Lunatic asylums Bombay report 1878-1890 - 1878-1890
Year: 1878
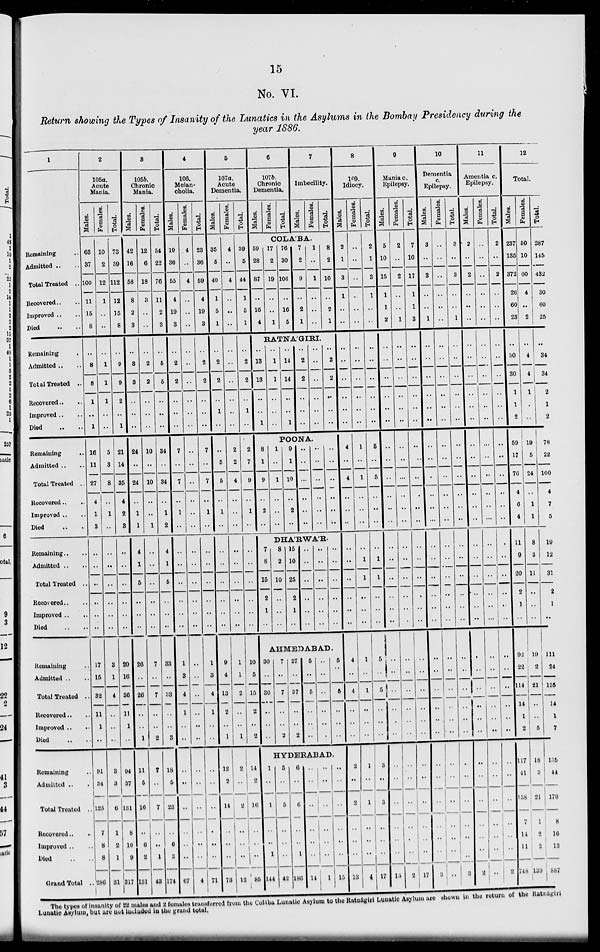
15
No. VI.
Return showing the Types of Insanity of the Lunatics in the Asylums in the Bombay Presidency during the
year 1886.
1
Remaining ..
Admitted .. ..
Total Treated ..
Recovered .. ..
Improved .. ..
Died .. ..
Remaining ..
Admitted .. ..
Total Treated ..
Recovered.. ..
Improved .. ..
Died .. ..
Remaining ..
Admitted .. ..
Total Treated ..
Recovered..
..
Improved .. ..
Died .. ..
Remaining .. ..
Admitted .. ..
Total Treated ..
Recovered .. ..
Improved ..
..
Died .. ..
Remaining ..
Admitted .. ..
Total Treated ..
Recovered.. ..
Improved .. ..
Died .. ..
Remaining ..
Admitted .. ..
Total Treated ..
Recovered.. ..
Improved .. ..
Died .. ..
Grand Total ..
2
105a.
Acute
Mania.
Males.
63
37
100
11
15
8
..
8
8
1
..
1
16
11
27
4
1
3
..
..
..
..
..
..
17
15
32
11
1
..
91
34
125
7
8
8
286
Females.
10
2
12
1
..
..
..
1
1
1
..
..
5
3
8
..
1
..
..
..
..
..
..
..
3
1
4
..
..
..
3
3
6
1
2
1
31
Total.
73
39
112
12
35
8
..
9
9
2
..
1
21
14
35
4
2
3
..
..
..
..
..
..
20
16
36
11
1
..
94
37
131
8
10
9
317
3
105b.
Chronic
Mania.
Males.
42
16
58
8
2
3
..
3
3
..
..
..
24
..
24
..
1
1
4
1
5
..
..
..
26
..
26
..
..
1
11
5
16
..
6
2
131
Females.
12
6
18
3
..
..
..
2
2
..
..
..
10
..
10
..
..
1
..
..
..
..
..
..
7
..
7
..
..
2
7
..
7
..
..
1
43
Total.
54
22
76
11
2
3
..
5
5
..
..
..
34
..
34
..
1
2
4
1
5
..
..
..
33
..
33
..
..
3
18
5
23
..
6
3
174
4
106.
Melan-
cholia.
Males.
19
36
55
4
19
3
..
2
2
..
..
..
7
..
7
..
1
..
..
..
..
..
..
..
1
3
4
1
..
..
..
..
..
..
..
..
67
Females.
4
..
4
..
..
..
..
..
..
..
..
..
..
..
..
..
..
..
..
..
..
..
..
..
..
..
..
..
..
..
..
..
..
..
..
..
4
Total.
23
36
59
4
19
3
..
2
2
..
..
..
7
..
7
..
1
..
..
..
..
..
..
..
1
3
4
1
..
..
..
..
..
..
..
..
71
5
107a.
Acute
Dementia.
Males.
35
5
40
1
5
1
..
2
2
..
1
..
..
5
5
..
1
..
..
..
..
..
..
..
9
4
13
2
..
1
12
2
14
..
..
..
73
Females.
4
..
4
..
..
..
..
..
..
..
..
..
2
2
4
..
..
..
..
..
..
..
..
..
1
1
2
..
..
1
2
..
2
..
..
..
12
Total.
39
5
44
1
5
1
..
2
2
..
1
..
2
7
9
..
1
..
..
..
..
..
..
..
10
5
15
2
..
2
14
2
16
..
..
..
85
6
107b.
Chronic
Dementia.
Males.
Females.
Total.
7
Imbecility.
Males.
Females.
Total.
COLA'BA.
59
28
87
..
16
4
17
2
19
..
..
1
76
30
106
..
16
5
7
2
9
..
2
1
1
..
1
..
..
..
8
2
10
..
2
1
RATNA'GIRI.
..
13
13
..
..
1
..
1
1
..
..
..
..
14
14
..
..
1
..
2
2
..
..
..
..
..
..
..
..
..
..
2
2
..
..
..
POONA.
8
1
9
..
2
..
1
..
1
..
..
..
9
1
10
..
2
..
..
..
..
..
..
..
..
..
..
..
..
..
..
..
..
..
..
..
DHA'RWA'R.
7
8
15
2
1
..
8
2
10
..
..
..
15
10
25
2
1
..
..
..
..
..
..
..
..
..
..
..
..
..
..
..
..
..
..
..
AHMEDABAD.
30
..
30
..
..
..
7
..
7
..
..
2
37
..
37
..
..
2
5
..
5
..
..
..
..
..
..
..
..
..
5
..
5
..
..
..
HYDERABAD.
1
..
1
..
..
1
144
5
..
5
..
..
..
42
6
..
6
..
..
1
186
..
..
..
..
..
..
14
..
..
..
..
..
..
1
..
..
..
..
..
..
15
8
109.
Idiocy.
Males.
2
1
3
1
..
..
..
..
..
..
..
..
4
..
4
..
..
..
..
..
..
..
..
..
4
..
4
..
..
..
2
..
2
..
..
..
13
Females.
..
..
..
..
..
..
..
..
..
..
..
..
1
..
1
..
..
..
..
1
1
..
..
..
1
..
1
..
..
..
1
..
1
..
..
..
4
Total.
2
1
3
1
..
..
..
..
..
..
..
..
5
..
5
..
..
..
..
1
1
..
..
..
5
..
5
..
..
..
3
..
3
..
..
..
17
9
Mania c.
Epilepsy.
Males.
5
10
15
1
1
2
..
..
..
..
..
..
..
..
..
..
..
..
..
..
..
..
..
..
..
..
..
..
..
..
..
..
..
..
..
..
15
Females.
2
..
2
..
..
1
..
..
..
..
..
..
..
..
..
..
..
..
..
..
..
..
..
..
..
..
..
..
..
..
..
..
..
..
..
..
2
Total.
7
10
17
1
1
3
..
..
..
..
..
..
..
..
..
..
..
..
..
..
..
..
..
..
..
..
..
..
..
..
..
..
..
..
..
..
17
10
Dementia
c.
Epilepsy.
Males.
3
..
3
..
..
1
..
..
..
..
..
..
..
..
..
..
..
..
..
..
..
..
..
..
..
..
..
..
..
..
..
..
..
..
..
..
3
Females.
..
..
..
..
..
..
..
..
..
..
..
..
..
..
..
..
..
..
..
..
..
..
..
..
..
..
..
..
..
..
..
..
..
..
..
..
..
Total.
3
..
3
..
..
1
..
..
..
..
..
..
..
..
..
..
..
..
..
..
..
..
..
..
..
..
..
..
..
..
..
..
..
..
..
..
3
11
Amentia c.
Epilepsy.
Males.
2
..
2
..
..
..
..
..
..
..
..
..
..
..
..
..
..
..
..
..
..
..
..
..
..
..
..
..
..
..
..
..
..
..
..
..
2
Females.
..
..
..
..
..
..
..
..
..
..
..
..
..
..
..
..
..
..
..
..
..
..
..
..
..
..
..
..
..
..
..
..
..
..
..
..
..
Total.
2
..
2
..
..
..
..
..
..
..
..
..
..
..
..
..
..
..
..
..
..
..
..
..
..
..
..
..
..
..
..
..
..
..
..
..
2
12
Total.
Males.
237
135
372
26
60
23
..
30
30
1
1
2
59
17
76
4
6
4
11
9
20
2
1
..
92
22
114
14
1
2
117
41
I58
7
14
11
748
Females.
50
10
60
4
..
2
..
4
4
1
..
..
19
5
24
..
1
1
8
3
11
..
..
..
19
2
21
..
..
5
18
3
21
1
2
2
139
Total.
287
145
432
30
60
25
..
34
34
2
1
2
78
22
100
4
7
5
19
12
31
2
1
..
111
24
135
14
1
7
135
44
179
8
16
13
887
The types of Insanity of 22 males and 2 females transferred from the Colába Lunatic Asylum to the Ratnágiri Lunatic Asylum are shown in the return of the Ratnágiri
Lunatic Asylum, but are are included in the grand total.